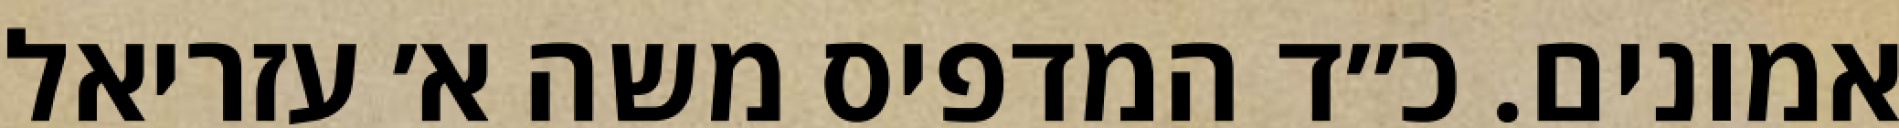
אמונים. כ״ד המדפיס משה א׳ עזריאל